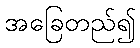
အခြေတည်၍